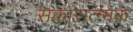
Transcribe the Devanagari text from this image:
सकारात्न्मक